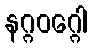
နဂ္ဂဝဂ္ဂေါ